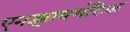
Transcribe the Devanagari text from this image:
एनझायमॅटिक